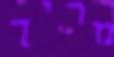
מריך